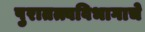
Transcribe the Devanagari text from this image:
पुरातत्त्वविभागाचे